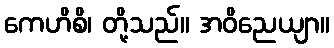
ကေဟိစိ၊ တို့သည်။ အဝိညေယျာ။